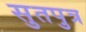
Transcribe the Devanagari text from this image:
सुतपुत्र